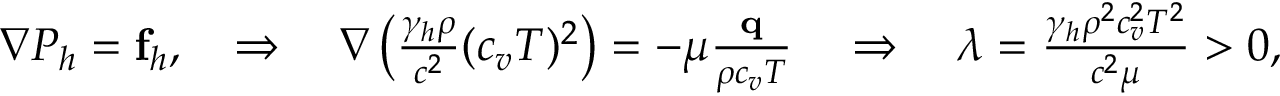
\begin{array} { r } { \nabla P _ { h } = \mathbf f _ { h } , \quad \Rightarrow \quad \nabla \left( \frac { \gamma _ { h } \rho } { c ^ { 2 } } ( c _ { v } T ) ^ { 2 } \right) = - \mu \frac { \mathbf q } { \rho c _ { v } T } \quad \Rightarrow \quad \lambda = \frac { \gamma _ { h } \rho ^ { 2 } c _ { v } ^ { 2 } T ^ { 2 } } { c ^ { 2 } \mu } > 0 , } \end{array}